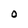
Character: O